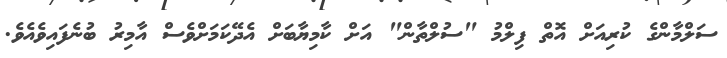
ސަލްމާންގެ ކުރިއަށް އޮތް ފިލްމު "ސުލްތާން" އަށް ކާމިޔާބަށް އެދޭކަމަށްވެސް އާމިރު ބުނެފައިވެއެވެ.